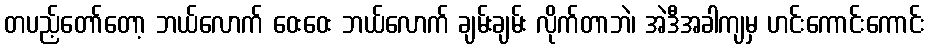
တပည့်တော်တော့ ဘယ်လောက် ဝေးဝေး ဘယ်လောက် ချမ်းချမ်း လိုက်တာဘဲ၊ အဲဒီအခါကျမှ ဟင်းကောင်းကောင်း